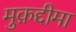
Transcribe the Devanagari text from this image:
मुक़द्दीमा